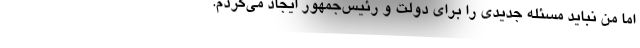
اما من نباید مسئله جدیدی را برای دولت و رئیس‌جمهور ایجاد می‌کردم.